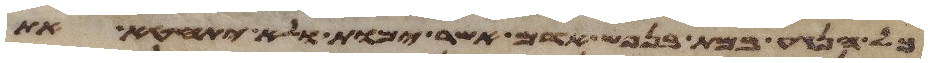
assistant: כל הנגע במת בנפש אדם אשר ימות ולא יתחטא את